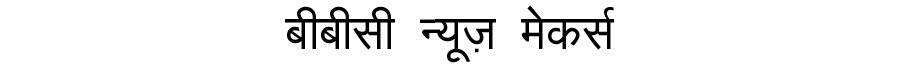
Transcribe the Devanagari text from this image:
बीबीसी न्यूज़ मेकर्स